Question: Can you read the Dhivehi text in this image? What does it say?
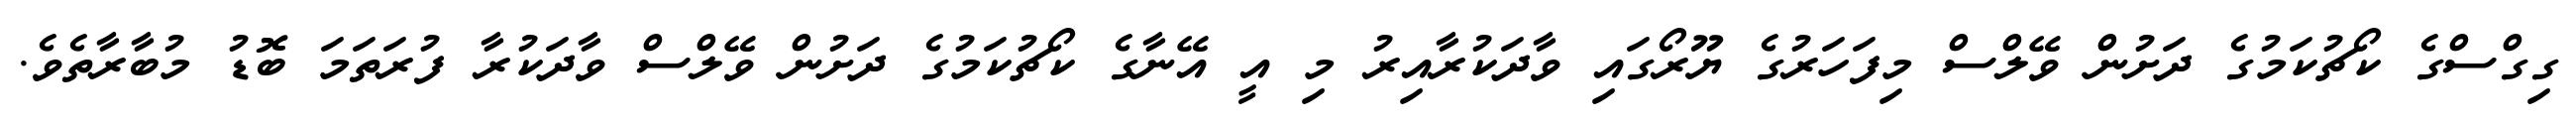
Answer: ގިގްސްގެ ކޯޗުކަމުގެ ދަށުން ވޭލްސް މިފަހަރުގެ ޔޫރޯގައި ވާދަކުރާއިރު މި އީ އޭނާގެ ކޯޗުކަމުގެ ދަށުން ވޭލްސް ވާދަކުރާ ފުރަތަމަ ބޮޑު މުބާރާތެވެ.